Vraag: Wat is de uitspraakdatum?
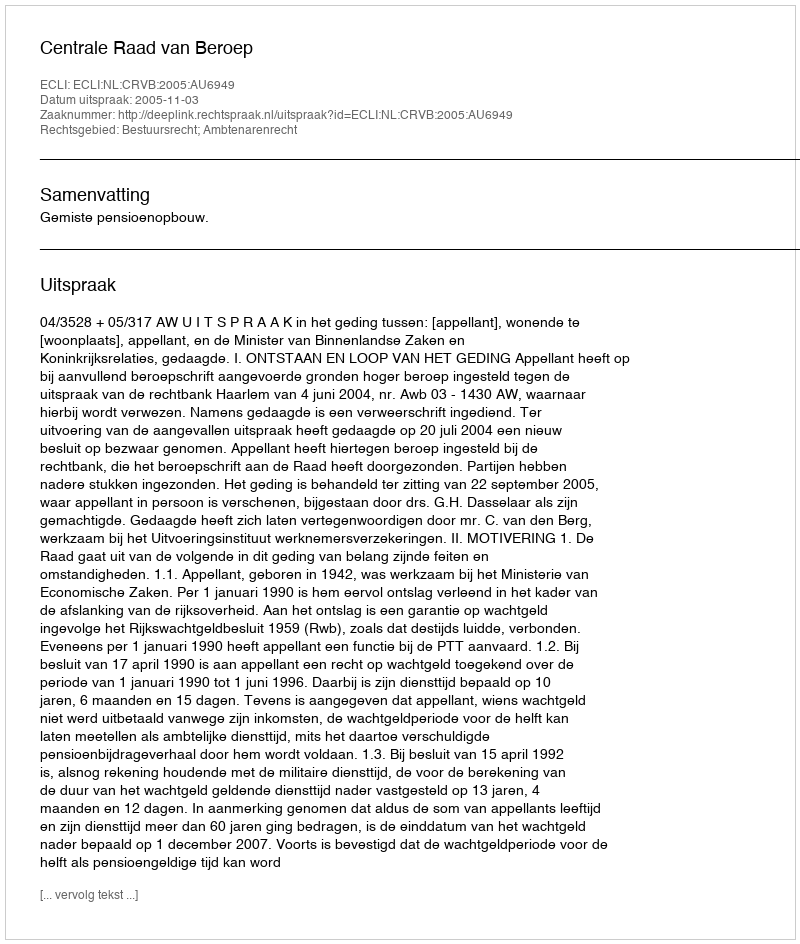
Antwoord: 2005-11-03